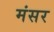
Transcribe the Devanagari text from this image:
मंसर